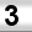
Digit: 3